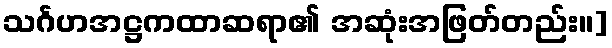
သင်္ဂဟအဋ္ဌကထာဆရာ၏ အဆုံးအဖြတ်တည်း။]